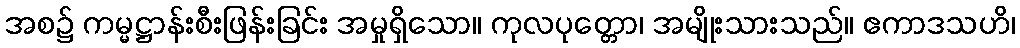
အစ၌ ကမ္မဋ္ဌာန်းစီးဖြန်းခြင်း အမှုရှိသော။ ကုလပုတ္တော၊ အမျိုးသားသည်။ ဧကာဒသဟိ၊